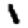
Digit: 1